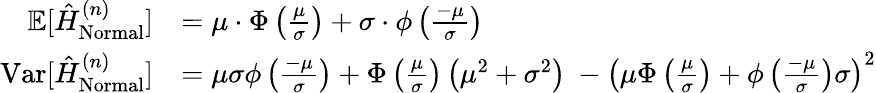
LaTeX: \begin{array}{rl}{\mathbb{E}[\hat{H}_{\mathrm{Normal}}^{(n)}]}&{=\mu\cdot\Phi\left(\frac{\mu}{\sigma}\right)+\sigma\cdot\phi\left(\frac{-\mu}{\sigma}\right)}\\ {\mathrm{Var}[\hat{H}_{\mathrm{Normal}}^{(n)}]}&{=\mu\sigma\phi\left(\frac{-\mu}{\sigma}\right)+\Phi\left({\frac{\mu}{\sigma}}\right)\left(\mu^{2}+\sigma^{2}\right)\ -\left(\mu\Phi\left(\frac{\mu}{\sigma}\right)+\phi\left(\frac{-\mu}{\sigma}\right)\sigma\right)^{2}}\end{array}